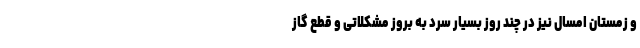
و زمستان امسال نیز در چند روز بسیار سرد به بروز مشکلاتی و قطع گاز